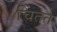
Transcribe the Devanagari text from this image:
चिंतत